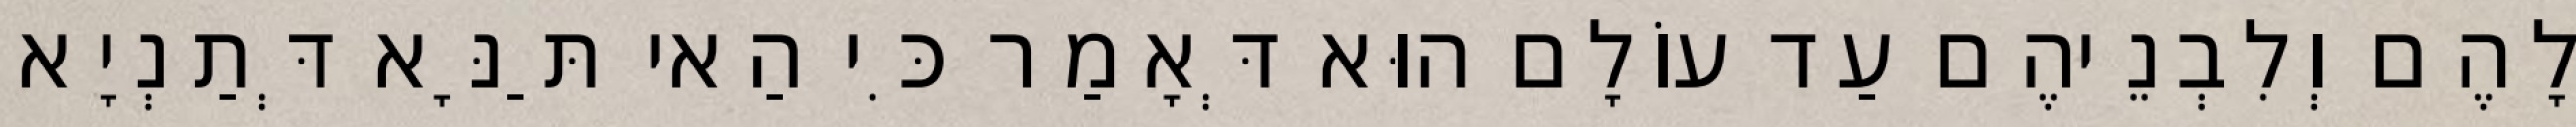
לָהֶם וְלִבְנֵיהֶם עַד עוֹלָם הוּא דְּאָמַר כִּי הַאי תַּנָּא דְּתַנְיָא